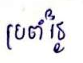
ប្រចាំថ្ងៃ